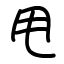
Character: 甩